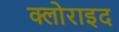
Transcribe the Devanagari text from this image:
क्लोराइद